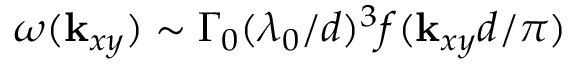
\omega ( { \bf k } _ { x y } ) \sim \Gamma _ { 0 } ( \lambda _ { 0 } / d ) ^ { 3 } f ( { \bf k } _ { x y } d / \pi )